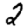
Digit: 2